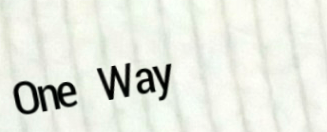
One Way